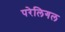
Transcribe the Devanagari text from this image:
परेलिगल